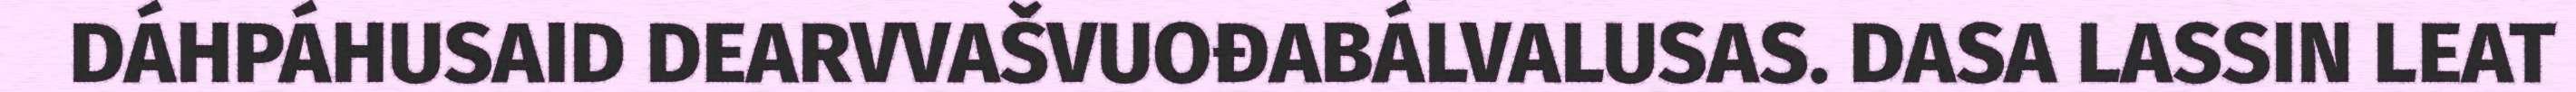
DÁHPÁHUSAID DEARVVAŠVUOĐABÁLVALUSAS. DASA LASSIN LEAT